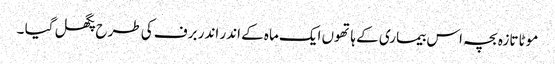
موٹا تازہ بچہ اس بیماری کے ہاتھوں ایک ماہ کے اندر اندر برف کی طرح پگھل گیا ۔